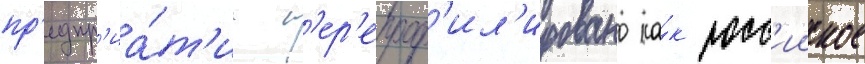
пр'едпр'иа́т'ие п'ер'епроф'ил'ировано ка́к росс'ииское